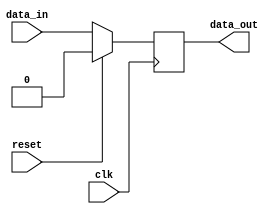
module sync_sequential_logic (
    input wire clk,
    input wire reset,
    input wire data_in,
    output reg data_out
);

always @(negedge clk) begin
    if (reset) begin
        data_out <= 1'b0;
    end else begin
        data_out <= data_in;
    end
end

endmodule